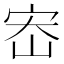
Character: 𫳁